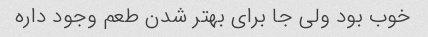
خوب بود ولی جا برای بهتر شدن طعم وجود داره